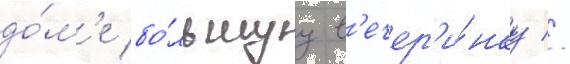
до́м'е бо́льшуу в'ечер'и́нку //